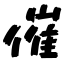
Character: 催